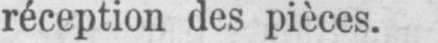
réception des pièces.